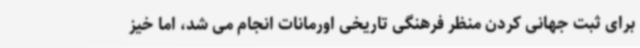
برای ثبت جهانی کردن منظر فرهنگی تاریخی اورمانات انجام می شد، اما خیز